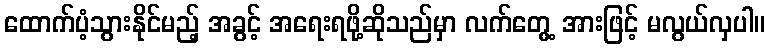
ထောက်ပံ့သွားနိုင်မည့် အခွင့် အရေးရဖို့ဆိုသည်မှာ လက်တွေ့ အားဖြင့် မလွယ်လှပါ။